Civil Veterinary Department Bihar & Orissa reports 1922-29 - 1922-1929
Year: 1922
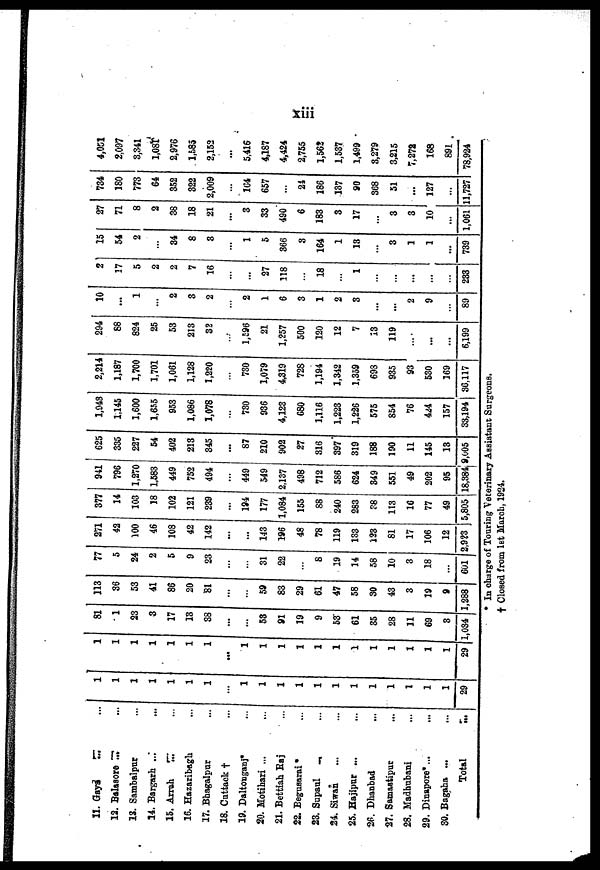
xiii
11. Gaya
12. Balasore
13. Sambalpur
14. Bargarh ...
15. Arrah
...
16. Hazaribagh
17. Bhagalpur
18. Cattack †
19. Daltonganj*
20. Motihari ...
21. Bettiah Raj
22. Begusarai *
23. Supaul
24. Siwan
25. Hajipur ...
26. Dhanbad
27. Samastipur
28. Madhubani
29. Dinapore*...
30. Bagaha ...
Total
...
1
1
1
1
1
1
1
...
1
1
1
1
1
1
1
1
1
1
1
1
29
1
1
1
1
1
1
1
...
1
1
1
1
1
1
1
1
1
1
1
1
29
81
1
23
3
17
13
38
...
...
53
91
19
9
53
61
35
28
11
69
3
1,034
113
36
53
41
86
20
81
...
59
83
29
61
47
58
30
43
3
19
9
1,288
77
5
24
2
5
9
23
...
...
31
22
8
19
14
58
10
3
18
271
42
100
46
108
42
142
...
143
196
48
78
119
133
123
81
17
106
...
12
601 2,923
377
14
103
18
102
121
239
...
194
177
1,084
155
88
240
283
88
113
16
77
49
5,805
941
796
1,270
1,583
449
752
494
...
449
549
2,137
498
712
586
624
349
551
49
202
95
18,384
625
335
227
54
402
213
345
...
87
210
902
27
316
397
319
188
190
11
145
13
9,005
1,943
1,145
1,600
1,655
953
1,086
1,078
...
730
936
4,123
680
1.116
1,223
1,226
575
854
76
444
157
33,194
2,214
1,187
1,700
1,701
1,061
1,128
1,220
...
730
1,079
4,319
728
1,194
1,342
1,359
693
935
93
530
169
36,117
294
88
824
25
53
213
32
1,596
21
1,257
500
120
12
7
13
119
...
...
6,199
10
...
1
...
2
3
2
...
2
1
6
3
1
2
3
...
...
2
9
89
2
17
5
2
2
7
16
...
27
118
18
...
1
...
...
...
233
15
54
2
34
8
3
1
5
366
3
164
1
13
...
3
1
1
...
739
27
71
8
2
38
18
21
...
3
33
490
6
183
3
17
...
3
3
10
...
1,061
734
180
773
64
352
322
2,009
164
657
...
24
186
137
90
368
51
...
127
...
11,727
4,051
2,097
3,341
1,081
2,976
1,585
2,152
...
5,416
4,187
4,424
2,755
1,562
537
499
279
215
272
168
891
78,924
* In charge of Touring Veterinary Assistant Surgeons.
† Closed from 1st March, 1924.